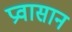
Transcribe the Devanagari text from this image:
प्रवासान